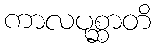
ကာလပုစ္ဆာတိ